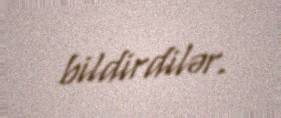
bildirdilər.